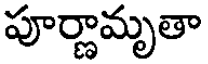
పూర్ణామృతా